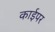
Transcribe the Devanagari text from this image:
काईपर